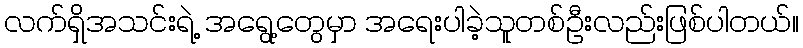
လက်ရှိအသင်းရဲ့ အရွေ့တွေမှာ အရေးပါခဲ့သူတစ်ဦးလည်းဖြစ်ပါတယ်။